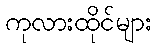
ကုလားထိုင်များ